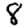
Digit: 8